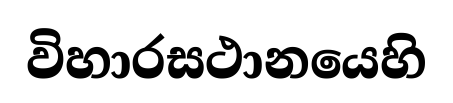
විහාරසථානයෙහි